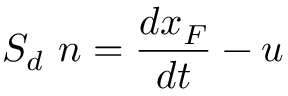
S _ { d } ~ \boldsymbol { n } = \frac { d \boldsymbol { x } _ { F } } { d t } - \boldsymbol { u }